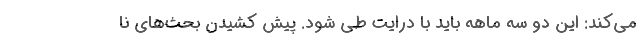
می‌کند: این دو سه ماهه باید با درایت طی شود. پیش کشیدن بحث‌های نا